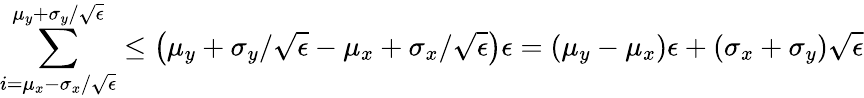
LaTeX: \sum_{i=\mu_{x}-\sigma_{x}/\sqrt{\epsilon}}^{\mu_{y}+\sigma_{y}/\sqrt{\epsilon}}\leq\left(\mu_{y}+\sigma_{y}/\sqrt{\epsilon}-\mu_{x}+\sigma_{x}/\sqrt{\epsilon}\right)\epsilon=\left(\mu_{y}-\mu_{x}\right)\epsilon+\left(\sigma_{x}+\sigma_{y}\right)\sqrt{\epsilon}